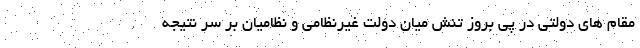
مقام های دولتی در پی بروز تنش میان دولت غیرنظامی و نظامیان بر سر نتیجه